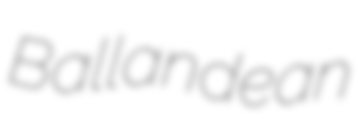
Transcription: Ballandean